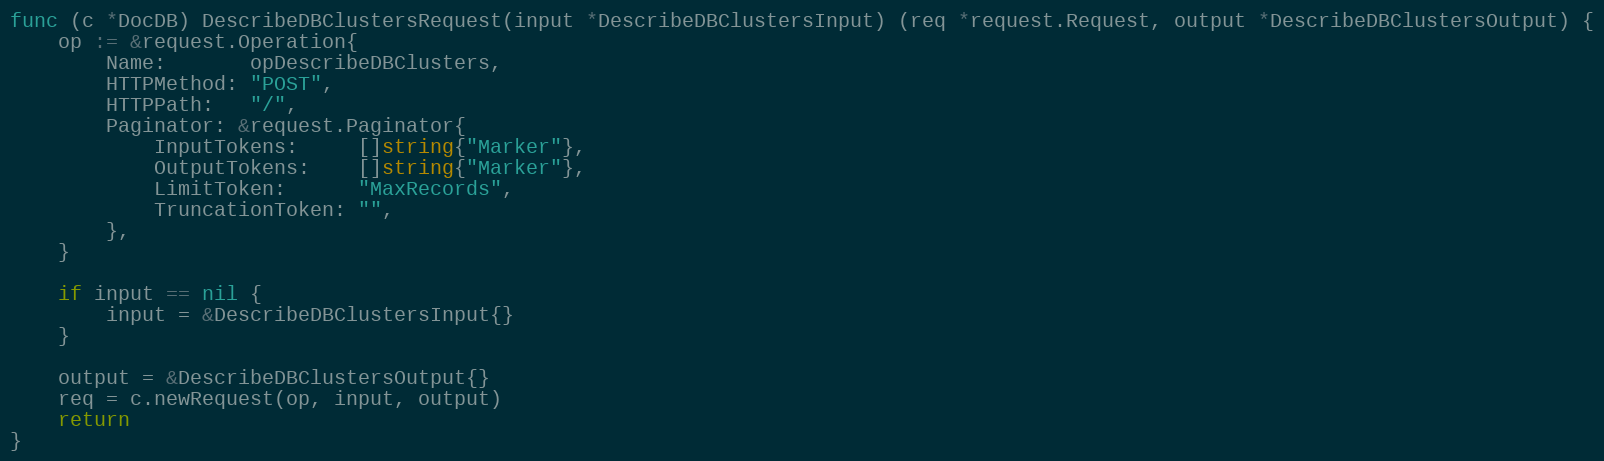
Language: Go
func (c *DocDB) DescribeDBClustersRequest(input *DescribeDBClustersInput) (req *request.Request, output *DescribeDBClustersOutput) {
	op := &request.Operation{
		Name:       opDescribeDBClusters,
		HTTPMethod: "POST",
		HTTPPath:   "/",
		Paginator: &request.Paginator{
			InputTokens:     []string{"Marker"},
			OutputTokens:    []string{"Marker"},
			LimitToken:      "MaxRecords",
			TruncationToken: "",
		},
	}

	if input == nil {
		input = &DescribeDBClustersInput{}
	}

	output = &DescribeDBClustersOutput{}
	req = c.newRequest(op, input, output)
	return
}